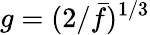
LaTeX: g=(2/\bar{f})^{1/3}